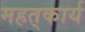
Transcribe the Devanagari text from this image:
महत्‌कार्य